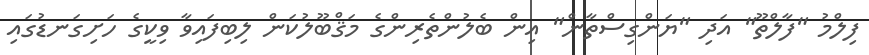
ފިލްމު "ފާލްތޫ" އަދި "ޔަންގިސްތާން" އިން ބެލުންތެރިންގެ މަޤްބޫލުކަން ލިބިފައިވާ ވިކީގެ ހަށިގަނޑުގައި